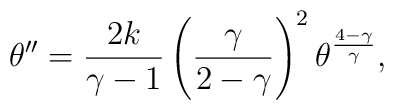
\theta''={{2k}\over{\gamma-1}}\left( {\gamma\over{2-\gamma}}\right)^2\theta^{{4-\gamma}\over\gamma},